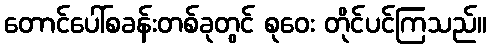
တောင်ပေါ်စခန်းတစ်ခုတွင် စုဝေး တိုင်ပင်ကြသည်။